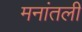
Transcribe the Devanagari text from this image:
मनांतली